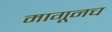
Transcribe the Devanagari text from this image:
मागूनच